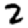
Digit: 2